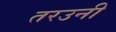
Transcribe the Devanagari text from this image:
तरउनी